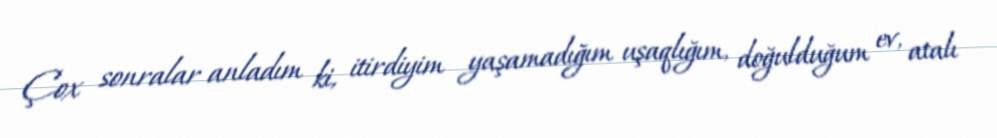
Çox sonralar anladım ki, itirdiyim yaşamadığım uşaqlığım, doğulduğum ev, atalı